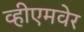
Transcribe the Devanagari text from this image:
व्हीएमवेर